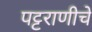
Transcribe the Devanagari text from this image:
पट्टराणीचे